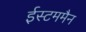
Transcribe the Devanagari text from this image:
ईस्टममैन